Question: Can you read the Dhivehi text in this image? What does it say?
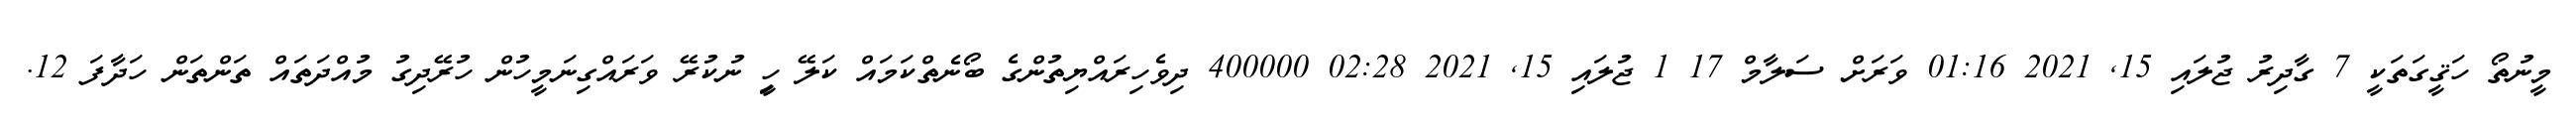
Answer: މީނުތޯ ހަޤީގަތަކީ 7 ގާދިރު ޖުލައި 15, 2021 01:16 ވަރަށް ސަލާމް 17 1 ޖުލައި 15, 2021 02:28 400000 ދިވެހިރައްޔިތުންގެ ބޯނެތްކަމައް ކަލޭ ހިީ ނުކުރޭ ވަރައްގިނަމީހުން ހުރޭދިގު މުއްދަތައް ތަންތަން ހަދާފަ 12.